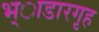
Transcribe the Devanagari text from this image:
भ्ाडारगृह